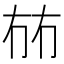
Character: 𭁤